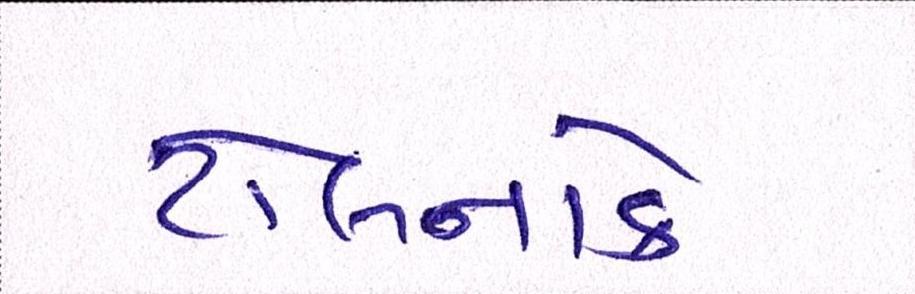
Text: ટોલનાકે